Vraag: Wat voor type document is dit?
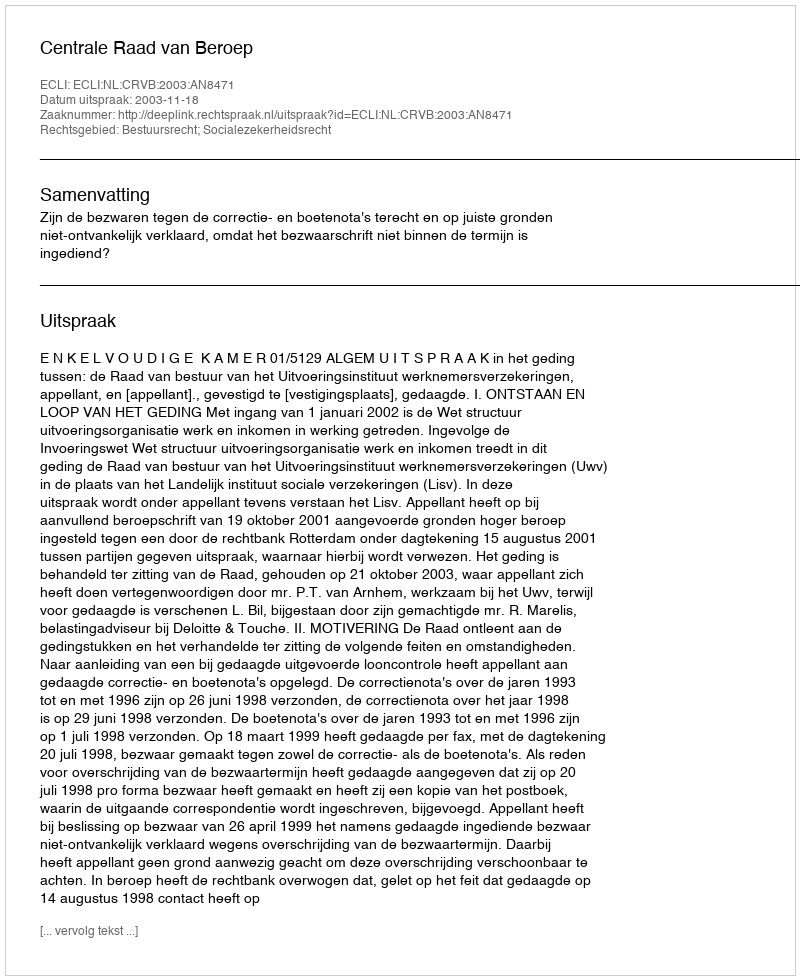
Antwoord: Uitspraak